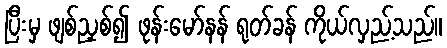
ပြီးမှ ဖျစ်ညှစ်၍ ဖုန်းမော်နန် ရုတ်ခန် ကိုယ်လှည့်သည်။